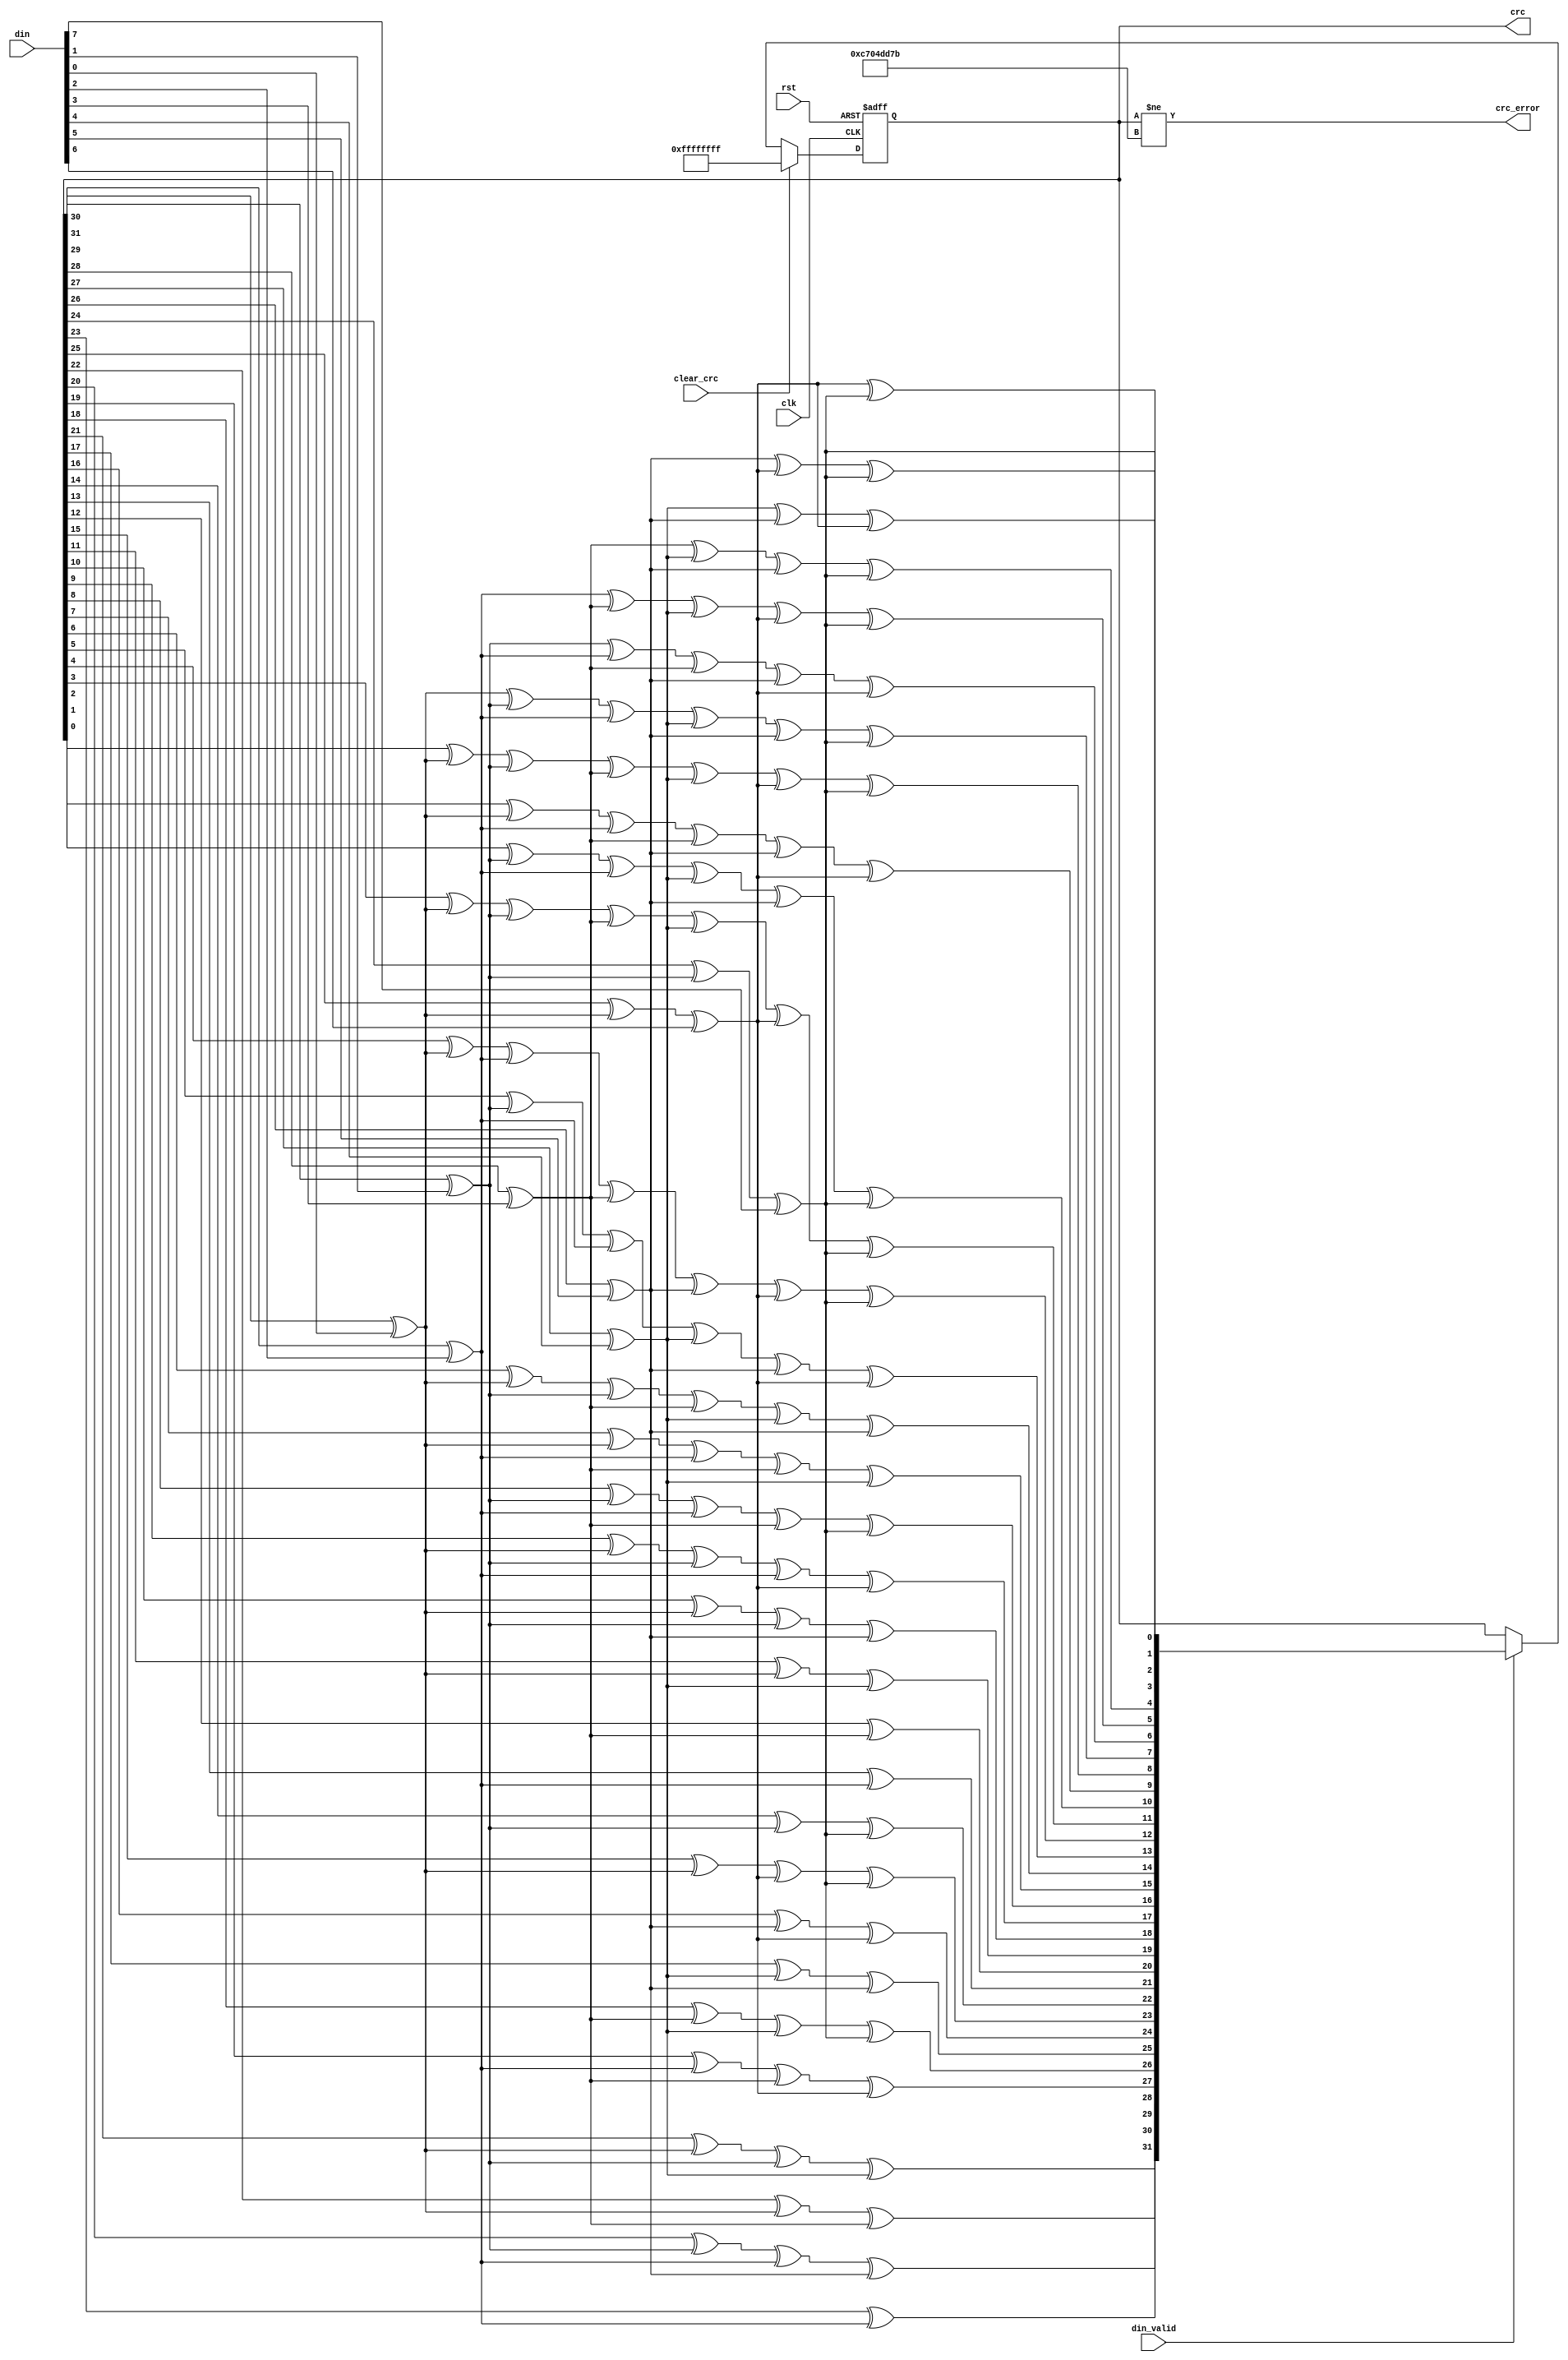
//--------------------------------------------------------------------------------------------------
// (c)2004 Altera Corporation. All rights reserved.
//
// Altera products are protected under numerous U.S. and foreign patents,
// maskwork rights, copyrights and other intellectual property laws.
//
// This reference design file, and your use thereof, is subject to and governed
// by the terms and conditions of the applicable Altera Reference Design License
// Agreement (either as signed by you or found at www.altera.com).  By using
// this reference design file, you indicate your acceptance of such terms and
// conditions between you and Altera Corporation.  In the event that you do not
// agree with such terms and conditions, you may not use the reference design
// file and please promptly destroy any copies you have made.
//
// This reference design file is being provided on an as-is basis and as an
// accommodation and therefore all warranties, representations or guarantees of
// any kind (whether express, implied or statutory) including, without
// limitation, warranties of merchantability, non-infringement, or fitness for
// a particular purpose, are specifically disclaimed.  By making this reference
// design file available, Altera expressly does not recommend, suggest or
// require that this reference design file be used in combination with any
// other product not provided by Altera.
//--------------------------------------------------------------------------------------------------
//--------------------------------------------------------------------------------------------------
//
// Calculate/check Ethernet FCS
//
// 1 + x1 + x2 + x4 + x5 + x7 + x8 + x10 + x11 + x12 + x16 + x22 + x23 + x26 + x32
//
//--------------------------------------------------------------------------------------------------

//altera message_off 10271
//altera message_off 10270
//altera message_off 10230
//altera message_off 10268

module auk_udpipmac_ethernet_crc (
  input              clk,
  input              rst,
  input        [7:0] din,
  input              din_valid,
  input              clear_crc,
  output reg  [31:0] crc,
  output wire        crc_error
  );

reg [31:0] t_crc;
integer i;
reg feedback;

always @ (posedge clk or posedge rst)
begin
  if (rst) begin
    crc <= 32'hFFFFFFFF;
  end
  else if (clear_crc) begin
    crc <= 32'hFFFFFFFF;
  end
  else if (din_valid) begin

    t_crc = crc;
    for (i=0; i<8; i=i+1) begin
      // 1 + x1 + x2 + x4 + x5 + x7 + x8 + x10 + x11 + x12 + x16 + x22 + x23 + x26 + x32
      feedback = t_crc[31] ^ din[i];
      t_crc[31] = t_crc[30];
      t_crc[30] = t_crc[29];
      t_crc[29] = t_crc[28];
      t_crc[28] = t_crc[27];
      t_crc[27] = t_crc[26];
      t_crc[26] = t_crc[25] ^ feedback;
      t_crc[25] = t_crc[24];
      t_crc[24] = t_crc[23];
      t_crc[23] = t_crc[22] ^ feedback;
      t_crc[22] = t_crc[21] ^ feedback;
      t_crc[21] = t_crc[20];
      t_crc[20] = t_crc[19];
      t_crc[19] = t_crc[18];
      t_crc[18] = t_crc[17];
      t_crc[17] = t_crc[16];
      t_crc[16] = t_crc[15] ^ feedback;
      t_crc[15] = t_crc[14];
      t_crc[14] = t_crc[13];
      t_crc[13] = t_crc[12];
      t_crc[12] = t_crc[11] ^ feedback;
      t_crc[11] = t_crc[10] ^ feedback;
      t_crc[10] = t_crc[9]  ^ feedback;
      t_crc[9]  = t_crc[8];
      t_crc[8]  = t_crc[7]  ^ feedback;
      t_crc[7]  = t_crc[6]  ^ feedback;
      t_crc[6]  = t_crc[5];
      t_crc[5]  = t_crc[4]  ^ feedback;
      t_crc[4]  = t_crc[3]  ^ feedback;
      t_crc[3]  = t_crc[2];
      t_crc[2]  = t_crc[1]  ^ feedback;
      t_crc[1]  = t_crc[0]  ^ feedback;
      t_crc[0]  = feedback;
    end
    crc <= t_crc;

  end
end

assign crc_error = (crc!=32'hc704dd7b);

endmodule


//altera message_on 10271
//altera message_on 10270
//altera message_on 10230
//altera message_on 10268